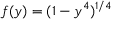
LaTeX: f ( y ) = ( 1 - y ^ { 4 } ) ^ { 1 / 4 }